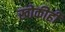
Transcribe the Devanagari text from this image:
खोकीही